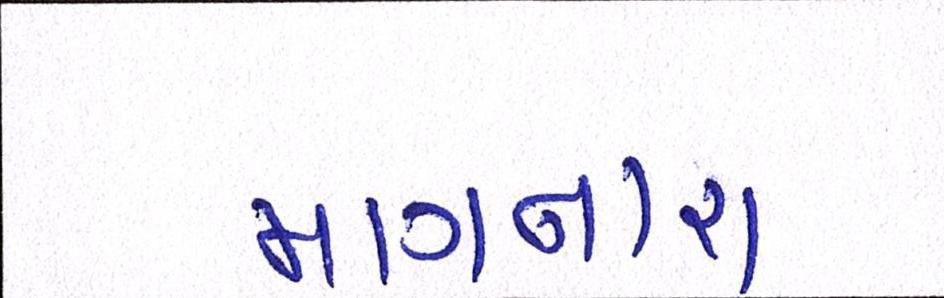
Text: માગનારા